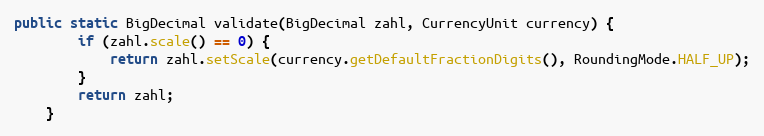
Language: Java
public static BigDecimal validate(BigDecimal zahl, CurrencyUnit currency) {
        if (zahl.scale() == 0) {
            return zahl.setScale(currency.getDefaultFractionDigits(), RoundingMode.HALF_UP);
        }
        return zahl;
    }